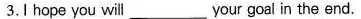
3.I hope you will___your goal in the end.